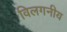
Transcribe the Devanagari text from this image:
विलगनीय